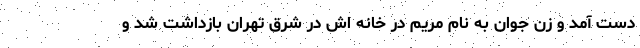
دست آمد و زن جوان به نام مریم در خانه اش در شرق تهران بازداشت شد و